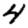
Digit: 4